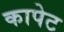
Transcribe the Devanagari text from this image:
कापेट